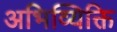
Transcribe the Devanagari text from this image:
अभिव्यिक्ति